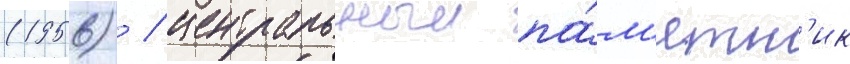
(1956) / центральныи па́м'ятн'ик